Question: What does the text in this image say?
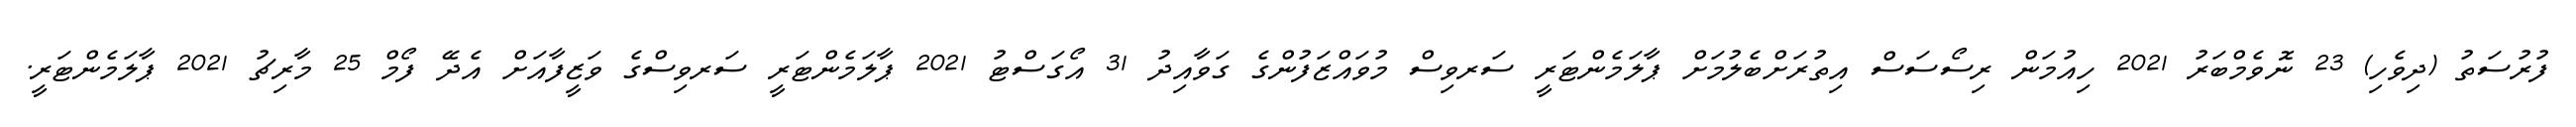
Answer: ފުރުސަތު (ދިވެހި) 23 ނޮވެމްބަރު 2021 ހިއުމަން ރިސޯސަސް އިތުރަށްބެލުމަށް ޕާލަމެންޓަރީ ސަރވިސް މުވައްޒަފުންގެ ގަވާއިދު 31 އޯގަސްޓު 2021 ޕާލަމެންޓަރީ ސަރވިސްގެ ވަޒީފާއަށް އެދޭ ފޯމް 25 މާރިޗު 2021 ޕާލަމެންޓަރީ.